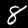
Digit: 8